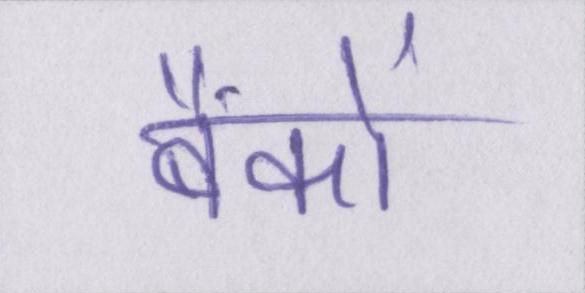
बैंकों